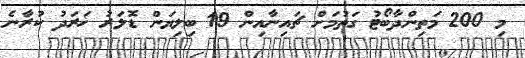
މި 200 މަތިންދާބޯޓު ގަތުމަށް ޗައިނާއިން 19 ބިލިޔަން ޑޮލަރު ޚަރަދު ކުރާނެ